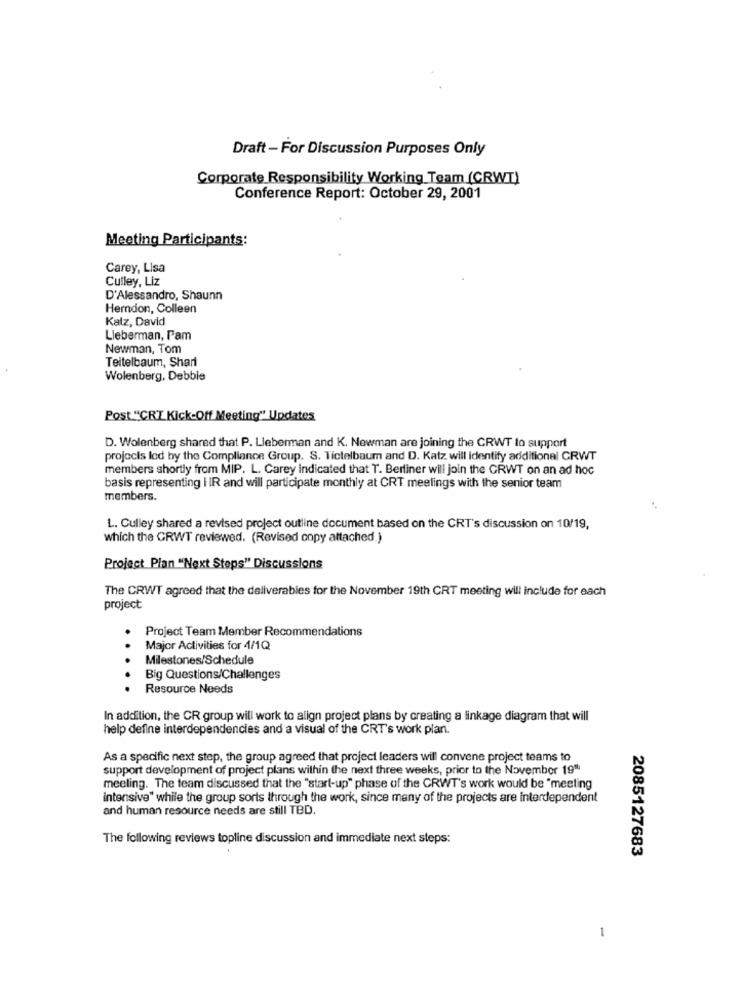
Draft - For Discussion Purposes Only
Corporate Responsibility Working Team (CRWT)
Conference Report: October 29, 2001
Meeting Participants:
Carey, Lisa
Culley, Liz
D'Alessandro, Shaunn
Herndon, Colleen
Kalz, David
Lieberman, Pam
Newman, Tom
Teitelbaum, Shari
Wolenberg, Debbie
Post "CRT Kick-Off Meeting" Updates
D. Wolenberg shared that P. Lieberman and K. Newman are joining the CRWT to support
projecis led by the Compliance Group. S. Tictelbaum and D. Katz will Identify additional CRWT
members shortly from MIP. L. Carey Indicated that T. Berliner will join the CRWT on an ad hoc
basis representing I IR and will participate monthly at CRT meetings with the senior team
members.
L. Gulley shared a revised project outline document based on the CRT's discussion on 10/19,
which the CRWT reviewed. (Revised copy attached.)
Project Plan "Next Steps" Discussions
The CRWT agreed that the deliverables for the November 19th CRT meeting will include for each
project
Project Team Member Recommendations
Major Activities for 4/1Q
Milestones/Schedule
Big Questions/Challenges
Resource Needs
In addition, the CR group will work to align project plans by creating a linkage diagram that will
help define interdependencies and a visual of the CRT's work plan.
As a specific next step, the group agreed that project leaders will convene project teams to
support development of project plans within the next three weeks, prior to the November 19"
meeling. The team discussed that the "start-up" phase of the CRWT's work would be "meeting
intensive" while the group sorts through the work, since many of the projects are interdependent
and human resource needs are still TBD.
The following reviews topline discussion and immediate next steps:
2085127683
1